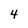
Character: 4